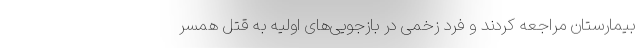
بیمارستان مراجعه کردند و فرد زخمی در بازجویی‌های اولیه به قتل همسر